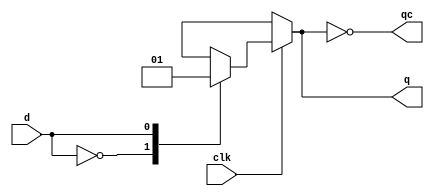
module d(input d, clk,
    output reg q, qc);
    always @(clk or d)
    begin
        case(d)
            1'b0: q=0;
            1'b1: q=1;
        endcase
        case(clk)
            1'b0: q=1'bx;
        endcase
        qc=!q;
    end
endmodule